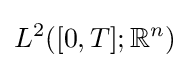
L^{2}([0,T];\mathbb {R} ^{n})